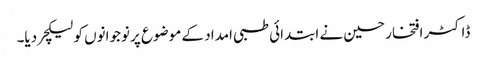
ڈاکٹر افتخار حسین نے ابتدائی طبی امداد کے موضوع پر نوجوانوں کو لیکچر دیا۔